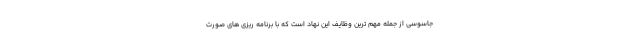
جاسوسی از جمله مهم ترین وظایف این نهاد است که با برنامه ریزی های صورت